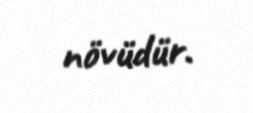
növüdür.